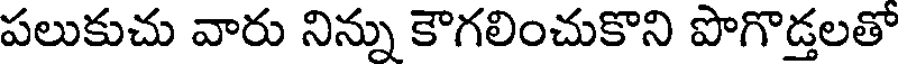
పలుకుచు వారు నిన్ను కౌగలించుకొని పొగొడ్తలతో